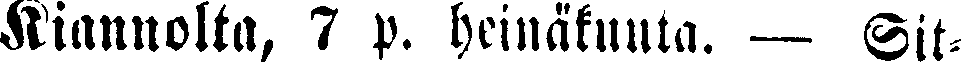
Kiannolta, 7 p. heinäkuuta. — Sit-